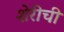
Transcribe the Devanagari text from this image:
शेरीची